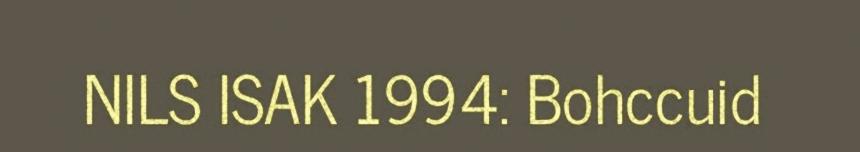
NILS ISAK 1994: Bohccuid